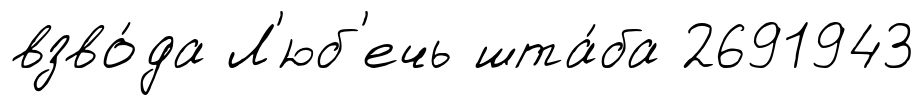
взво́да Л'юб'ечь шта́ба 2691943